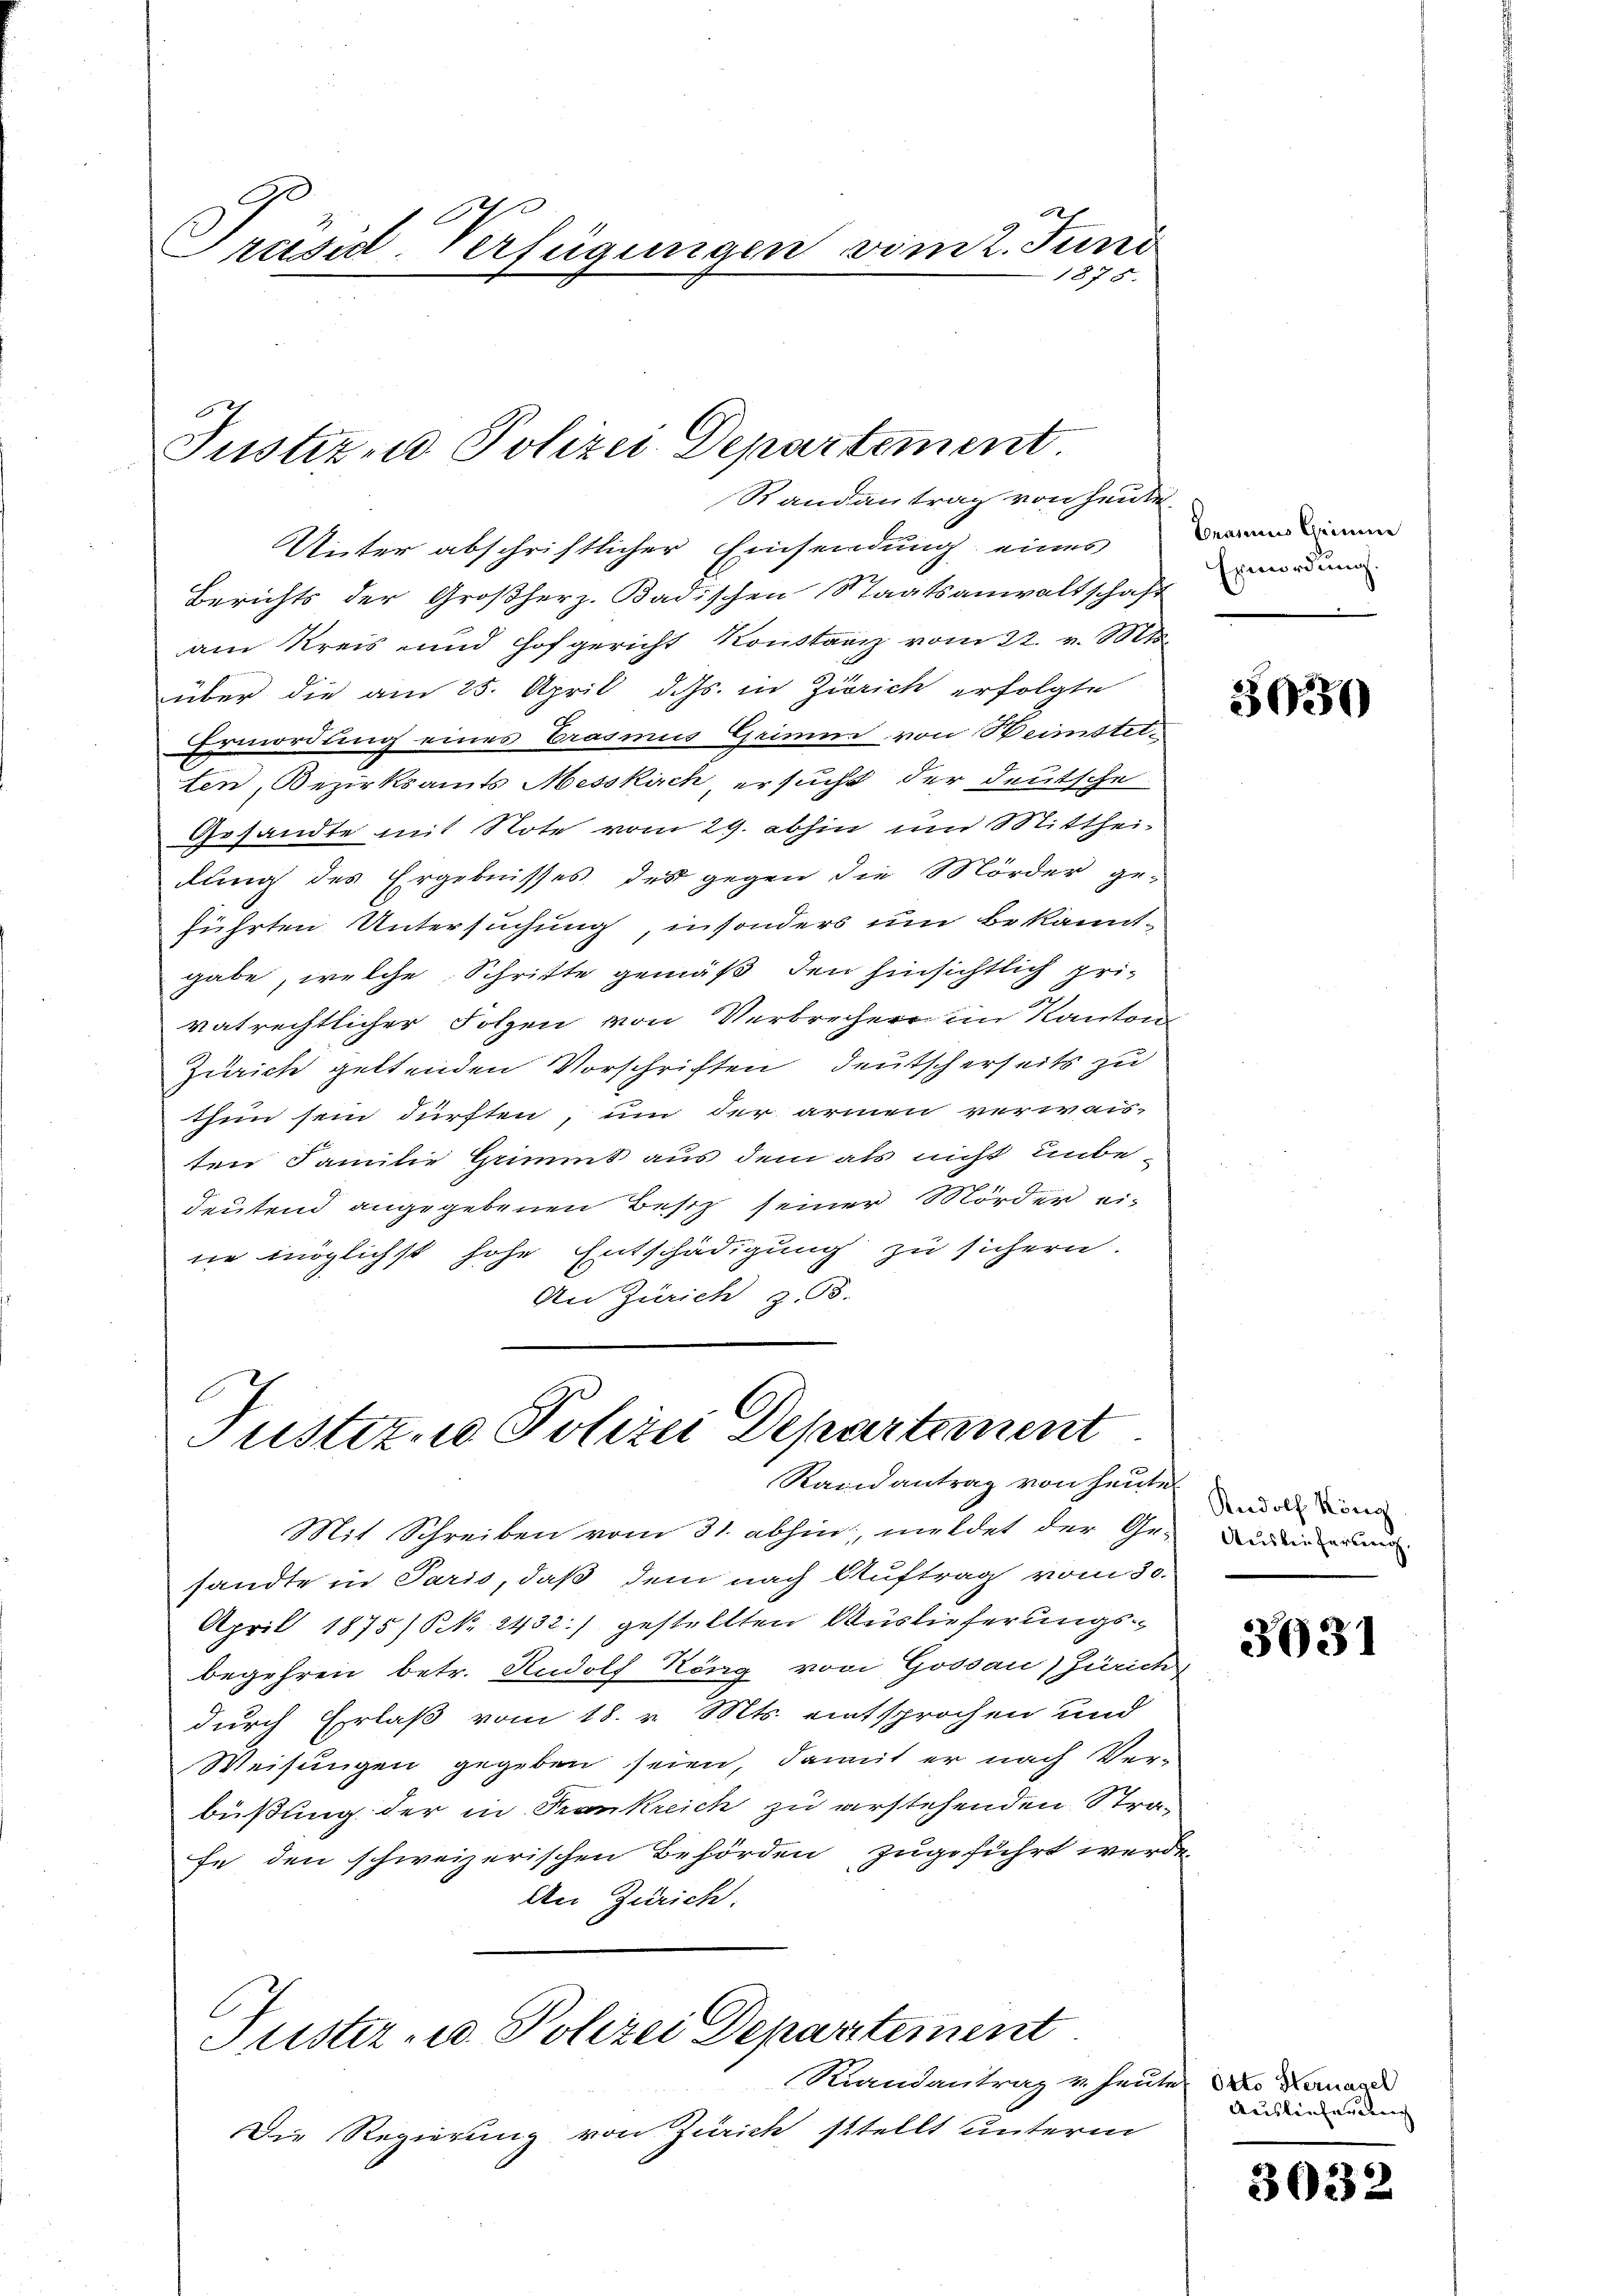
rusid-Verfügungen vom 2. Juni
1875.

Justizud Polizei Departement.
Randantrag von heute.

Justiz, Polizei Departement
Randantrag von heute

Unter abschriftlicher Einsendung eines
Berichts der Großherz-Badischen Staatsanwaltschaft
am Kreis- und Hofgericht Konstanz vom 22. v. Mts.
über die am 25. April d. Js. in Zürich erfolgte
Ermordung eines Erasmus Grimm von Beimstetten, Bezirksamts Messkirch, ersucht der deutsche
Gesandte mit Note vom 29. abhin und Mittheidung des Ergebnisses des gegen die Mörder geführten Untersuchung, insonders um bekannt
gabe, welche Schritte gemäß den hinsichtlich privatrechtlicher Folgen von Verbrecher im Kanton
Zürich geltenden Vorschriften deutscherseits zu
thun sein dürften, um der armen verwais-
ten Familie Grimmt aus dem als nicht unbedeutend angegebenen Besitz seiner Mörder eine möglichst hohe Entschädigung zu sichern.
An Zürich z. 8.

Braine Crimin
Ermordung

Mit Schreiben vom 31. abhin, meldet der Ge-deun
sandte in Paris, daß dem nach Auftrag vom 30.
April 1875) Nr. 2432.) gestellten Auslieferungsbegehren betr. Rudolf Köng von Gossau) Zürich
durch Erlaß vom 18. v. Mts. entsprochen und
Weisungen gegeben seien, damit er nach Verbüßung der in Frankreich zu erstehenden Strafe den schweizerischen Behörden zugeführt werde.
An Zürich.
Tuster- u. Polizei Departement
Rrandantrag u. heute Dro Kouane
Die Regierung von Zürich stellt unterm

3030

Rudolf Köng

3031

Auslieferung

3032